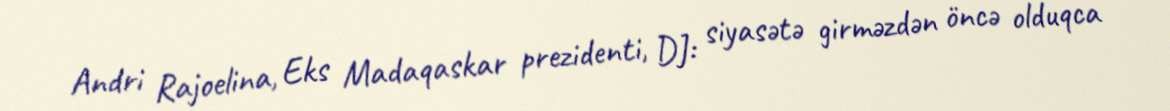
Andri Rajoelina, Eks Madaqaskar prezidenti, DJ: siyasətə girməzdən öncə olduqca